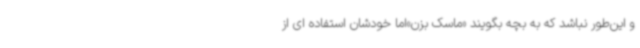
و این‌طور نباشد که به بچه بگویند «ماسک بزن»اما خودشان استفاده ای از